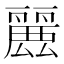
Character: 𮭶